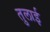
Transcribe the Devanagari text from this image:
तुलाई